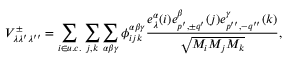
V _ { \lambda \lambda ^ { \prime } \lambda ^ { \prime \prime } } ^ { \pm } = \sum _ { i \in u . c . } \sum _ { j , k } \sum _ { \alpha \beta \gamma } \phi _ { i j k } ^ { \alpha \beta \gamma } \frac { e _ { \lambda } ^ { \alpha } ( i ) e _ { p ^ { \prime } , { \pm } q ^ { \prime } } ^ { \beta } ( j ) e _ { p ^ { \prime \prime } , - q ^ { \prime \prime } } ^ { \gamma } ( k ) } { \sqrt { M _ { i } M _ { j } M _ { k } } } ,